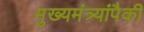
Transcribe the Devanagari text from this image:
मुख्यमंत्र्यांपैकी